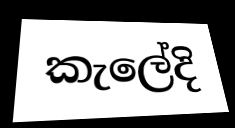
කැලේදි